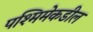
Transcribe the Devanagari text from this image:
पश्मिमेकडील